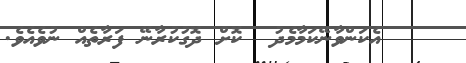
٢    އެކަންވާނޭކަމާމެދު  ކޮށް ދޮގުކުރާނޭ ފަރާތެއް ނުވެއެވެ.